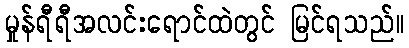
မှုန်ရီရီအလင်းရောင်ထဲတွင် မြင်ရသည်။